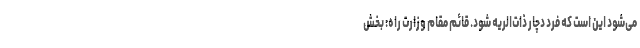
می‌شود این است که فرد دچار ذات‌الریه شود. قائم مقام وزارت راه: بخش